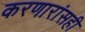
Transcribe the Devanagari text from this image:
करणारांसही